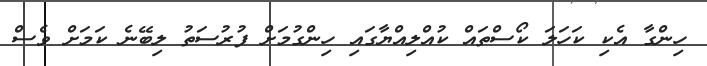
ހިންގާ އެކި ކަހަލަ ކޯސްތައް ކުއްލިއްޔާގައި ހިންގުމަށް ފުރުސަތު ލިބޭނެ ކަމަށް ވެސް